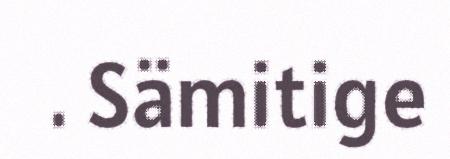
. Sämitige